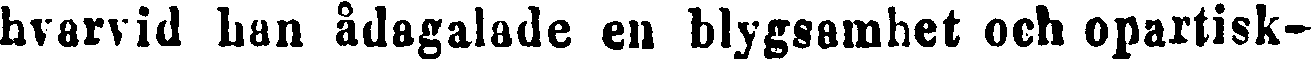
hvarvid han ådagalade en blygsamhet och opartisk-